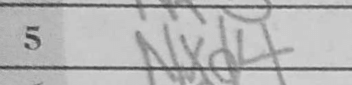
Transcription: Nxd4